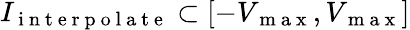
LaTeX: I_{\mathrm{~i~n~t~e~r~p~o~l~a~t~e~}}\subset[-V_{\mathrm{~m~a~x~}},V_{\mathrm{~m~a~x~}}]